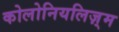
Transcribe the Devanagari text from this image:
कोलोनियलिज़्म